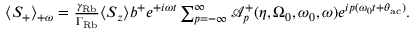
\begin{array} { r } { \langle S _ { + } \rangle _ { + \omega } = \frac { \gamma _ { \mathrm { R b } } } { \Gamma _ { \mathrm { R b } } } \langle S _ { z } \rangle b ^ { + } e ^ { + i \omega t } \sum _ { p = - \infty } ^ { \infty } \mathcal { A } _ { p } ^ { + } ( \eta , \Omega _ { 0 } , \omega _ { 0 } , \omega ) e ^ { i p ( \omega _ { 0 } t + \theta _ { \mathrm { a c } } ) } . } \end{array}